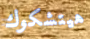
هيتشكوك